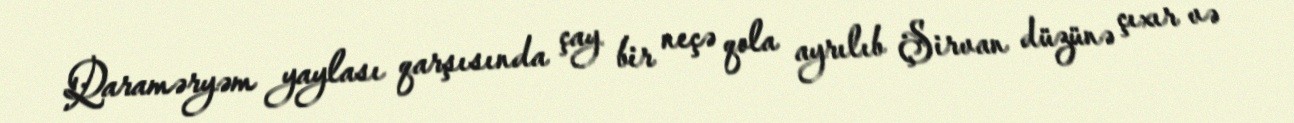
Qaraməryəm yaylası qarşısında çay bir neçə qola ayrılıb Şirvan düzünə çıxır və